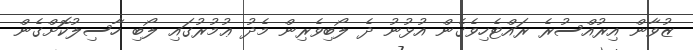
ޒުވާން އިރުއްސުރެ ރައްޓެހިވެގެން އުޅުނު ދެ ލޯބިވެރިން މެދު ޢުމުރުގައި ލޯބި ހާސިލުކޮށްގެން